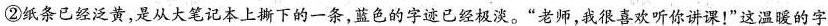
②纸条已经泛黄，是从大笔记本上下的一条，蓝色的字迹已经极淡。”老师，我很喜欢听你讲课！”这温暖的字